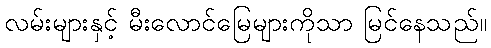
လမ်းများနှင့် မီးလောင်မြေများကိုသာ မြင်နေသည်။